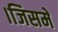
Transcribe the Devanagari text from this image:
।जिसमे